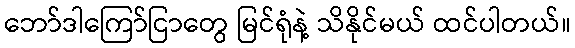
ဘော်ဒါကြော်ငြာတွေ မြင်ရုံနဲ့ သိနိုင်မယ် ထင်ပါတယ်။